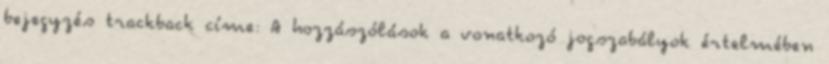
bejegyzés trackback címe: A hozzászólások a vonatkozó jogszabályok értelmében